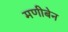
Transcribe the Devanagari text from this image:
मणीबेन